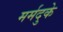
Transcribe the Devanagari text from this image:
मर्मदुके